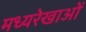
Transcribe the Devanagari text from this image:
मध्यरेखाओं